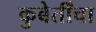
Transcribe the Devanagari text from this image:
कुबेर्तींचा